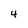
Character: 4